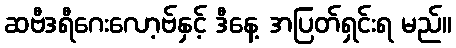
ဆဗီဒရီဂေးလော့ဗ်နှင့် ဒီနေ့ အပြတ်ရှင်းရ မည်။